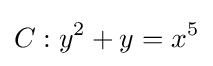
C:y^{2}+y=x^{5}